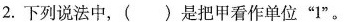
2.下列说法中，( )是把甲看作单位”1”。